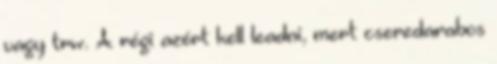
vagy trw. A régi azért kell leadni, mert cseredarabos